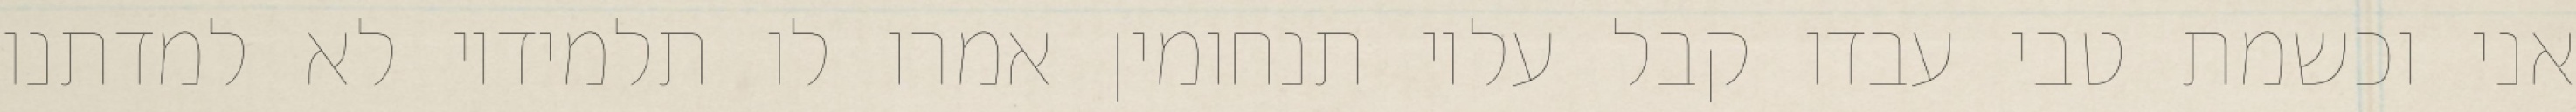
אני וכשמת טבי עבדו קבל עליו תנחומין אמרו לו תלמידיו לא למדתנו